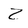
Character: Z